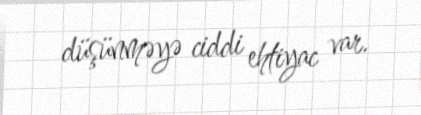
düşünməyə ciddi ehtiyac var.